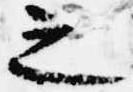
之